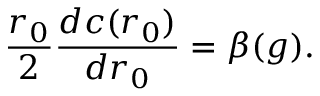
\frac { r _ { 0 } } { 2 } \frac { d c ( r _ { 0 } ) } { d { r _ { 0 } } } = \beta ( g ) .